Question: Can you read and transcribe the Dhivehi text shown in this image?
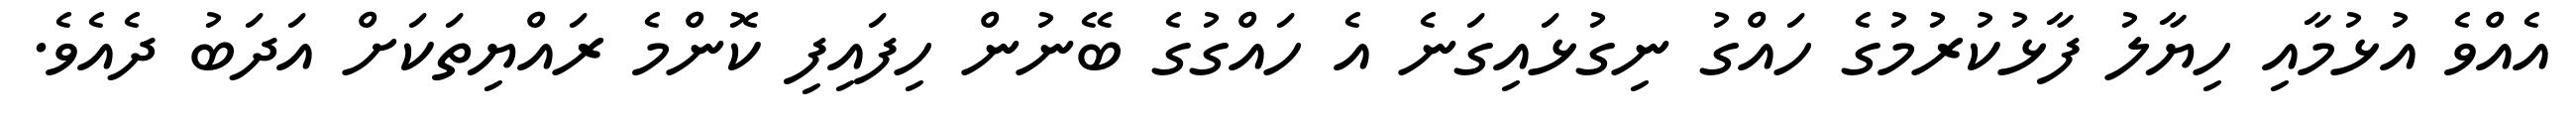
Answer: އެއްވެ އުޅުމާއި ހިޔާލު ފާޅުކުރުމުގެ ހައްގު ނިގުޅައިގަނެ އެ ހައްގުގެ ބޭނުން ހިފައިފި ކޮންމެ ރައްޔިތަކަށް އަދަބު ދެއެވެ.